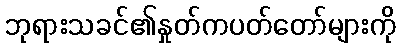
ဘုရားသခင်၏နှုတ်ကပတ်တော်များကို